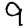
Digit: 9